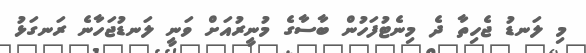
މި ލަނޑު ޖެހިތާ ދެ މިނެޓުފަހުން ބާސާގެ މުނީރުއަށް ވަނީ ލަނޑުޖަހާނެ ރަނގަޅު